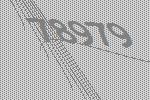
78979